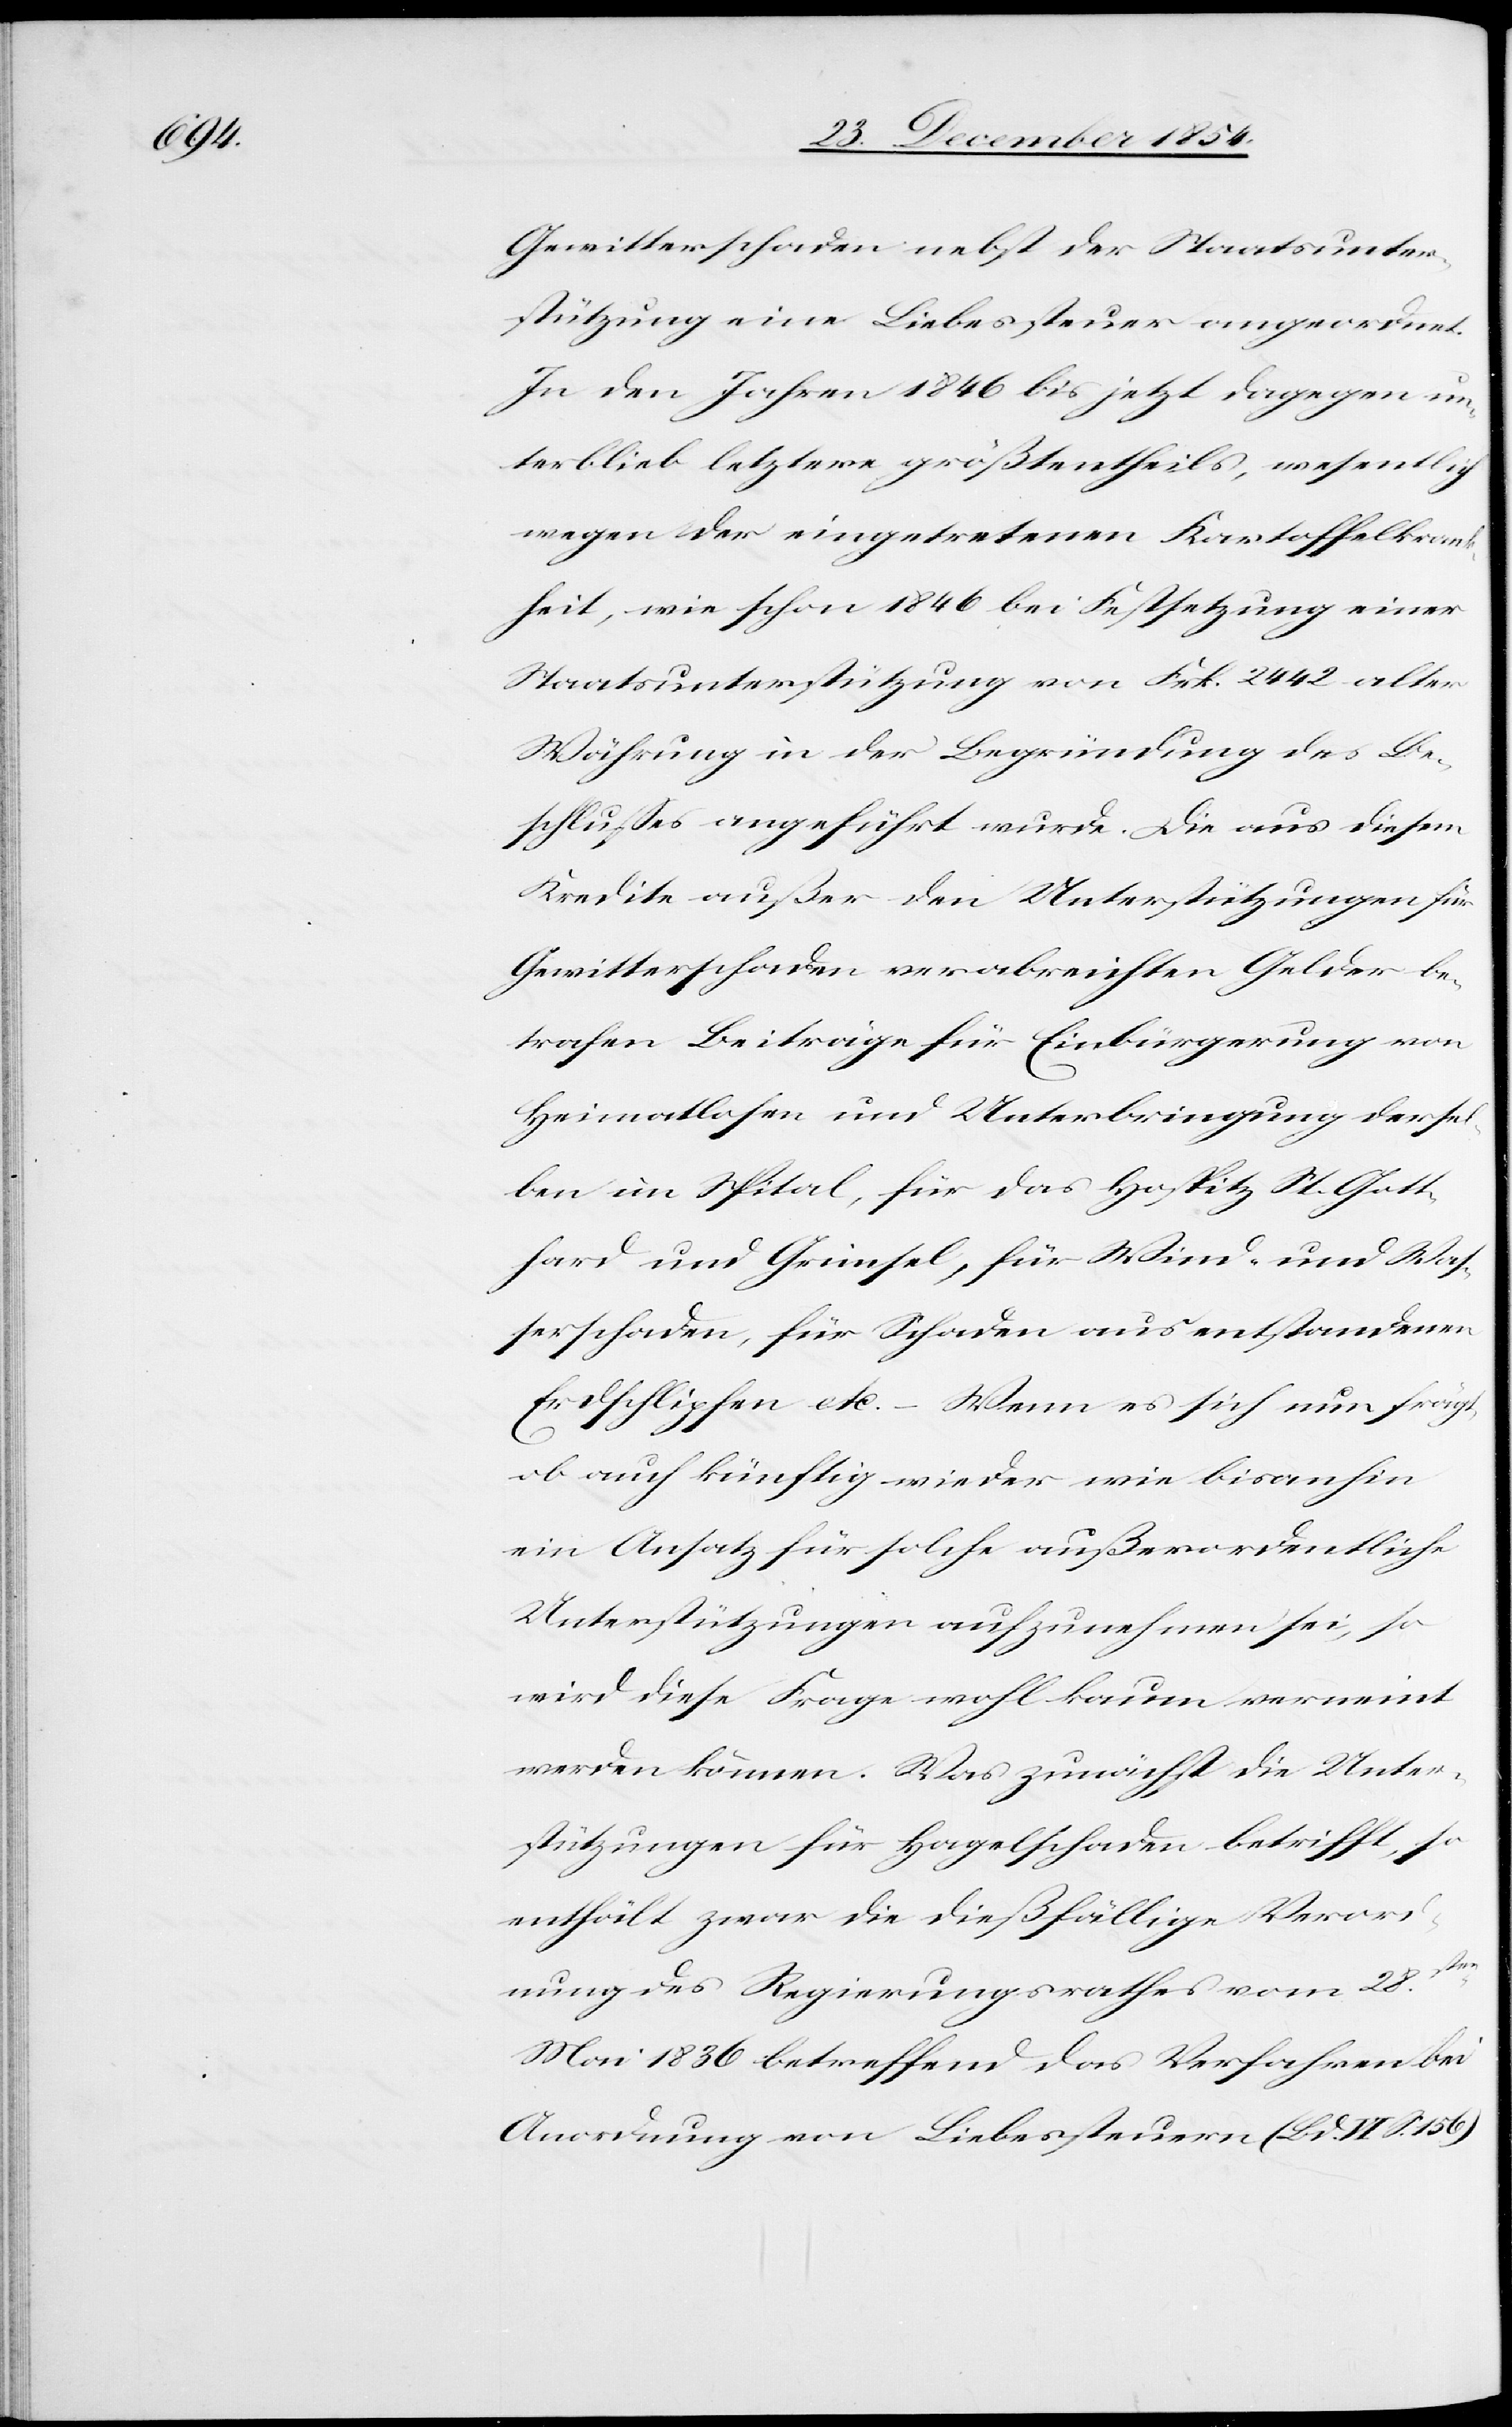
Gewitterschaden nebst der Staatsunter¬
stützung eine Liebessteuer angeordnet.
In den Jahren 1846 bis jetzt dagegen un¬
terblieb letztere größtentheils, wesentlich
wegen der eingetretenen Kartoffelkrank¬
heit, wie schon 1846 bei Festsetzung einer
Staatsunterstützung von Frk. 2442 alter
Währung in der Begründung des Be¬
schlußes angeführt wurde. Die aus diesem
Kredite außer den Unterstützungen für
Gewitterschaden verabreichten Gelder be¬
tragen Beiträge für Einbürgerung von
Heimatlosen und Unterbringung derse¬
lben im Spital, für das Hospitz St. Gott¬
hard und Grünsel, für Wind- und Waß¬
erschaden, für Schaden aus entstandenen
Erdschlipfen etc. – Wenn es sich nun frägt,
ob auch künftig wieder wie bisanhin
ein Ansatz für solche außerordentliche
Unterstützungen aufzunehmen sei, so
wird diese Frage wohl kaum verneint
werden können. Was zunächst die Unter¬
stützungen für Hagelschaden betrifft, so
enthält zwar die dießfällige Verord¬
nung des Regierungsrathes vom 28sten
Mai 1836 betreffend das Verfahren bei
Anordnung von Liebessteuern (Bd. VI S. 156)